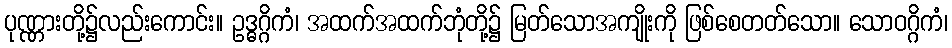
ပုဏ္ဏားတို့၌လည်းကောင်း။ ဥဒ္ဓဂ္ဂိကံ၊ အထက်အထက်ဘုံတို့၌ မြတ်သောအကျိုးကို ဖြစ်စေတတ်သော။ သောဝဂ္ဂိကံ၊